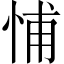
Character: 悑